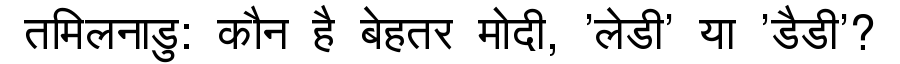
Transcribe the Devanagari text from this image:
तमिलनाडु: कौन है बेहतर मोदी, 'लेडी' या 'डैडी'?